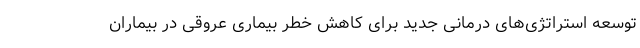
توسعه استراتژی‌های درمانی جدید برای کاهش خطر بیماری عروقی در بیماران